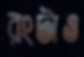
রংটাও